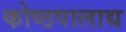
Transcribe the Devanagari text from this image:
कोष्ठपालाद्य